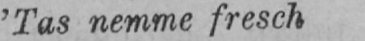
’Tas nemme fresch